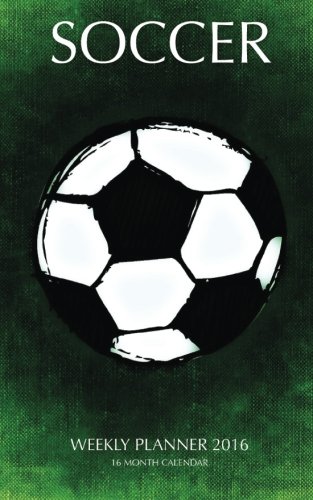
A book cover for Soccer Weekly Planner 2016: 16 Month Calendar; Jack Smith; Calendars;